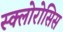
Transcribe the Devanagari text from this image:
स्क्लोरोसिस